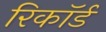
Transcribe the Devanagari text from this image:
रिकाॅर्ड